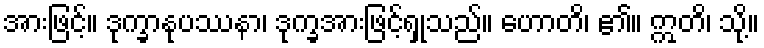
အားဖြင့်။ ဒုက္ခာနုပဿနာ၊ ဒုက္ခအားဖြင့်ရှုသည်။ ဟောတိ၊ ၏။ ဣတိ၊ သို့။